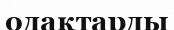
одақтарды